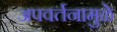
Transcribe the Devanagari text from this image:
अपवर्तनामुळे